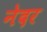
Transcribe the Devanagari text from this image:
नेदर